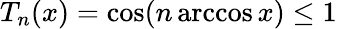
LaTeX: T_{n}(x)=\cos(n\operatorname{arccos}x)\leq 1